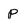
Character: p